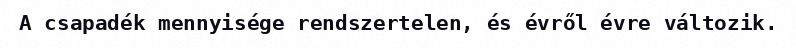
A csapadék mennyisége rendszertelen, és évről évre változik.